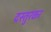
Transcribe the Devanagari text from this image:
दस्तुरकर